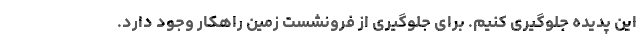
این پدیده جلوگیری کنیم. برای جلوگیری از فرونشست زمین راهکار وجود دارد.